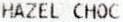
HAZEL CHOC